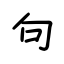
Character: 句